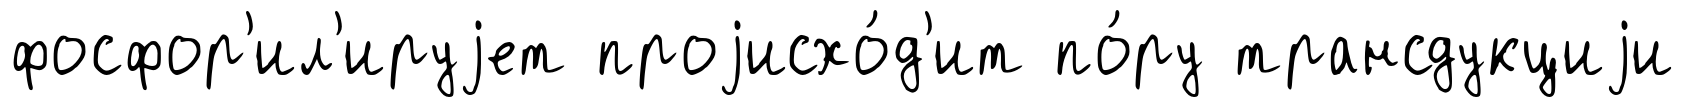
фосфор'ил'ируjет проjисхо́д'ит по́ру трансдукциjи